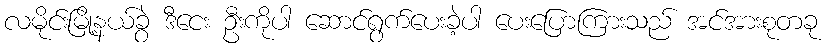
လမိုင်းမြို့နယ်ခွဲ ဒီငေး ဦးကိုပါ ဆောင်ရွက်ပေးခဲ့ပါ ပေးပြောကြားသည် အင်အားစုတခု